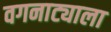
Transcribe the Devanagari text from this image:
वगनाट्याला